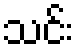
သင်း